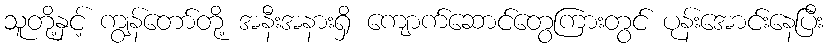
သူတို့နှင့် ကျွန်တော်တို့ အနီးအနားရှိ ကျောက်ဆောင်တွေကြားတွင် ပုန်းအောင်းနေပြီး